King Institute of Preventive Medicine Micro-Biological Section reports 1912-19
Year: 1912
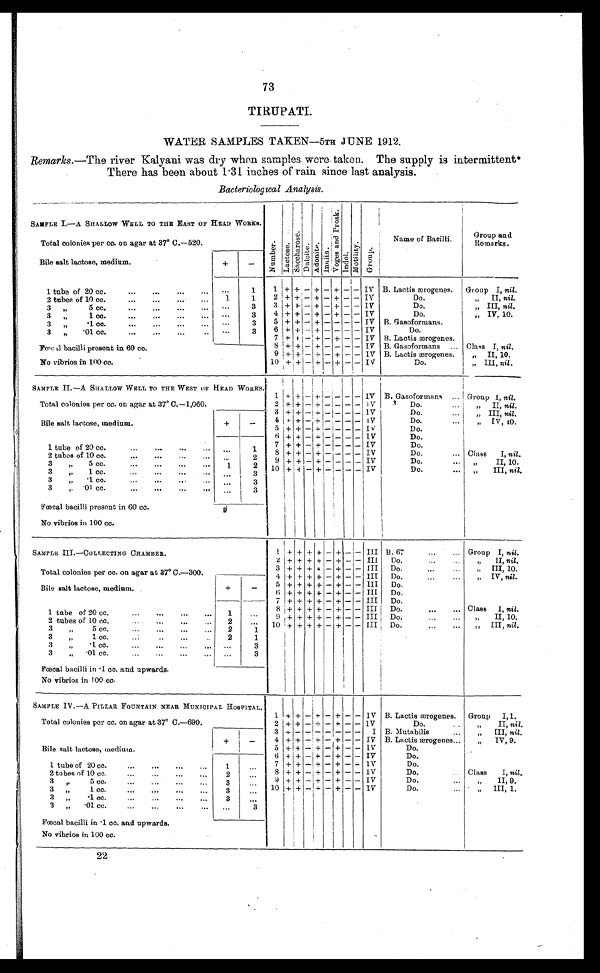
73
TIRUPATI.
WATER SAMPLES TAKEN-5TH JUNE 1912.
Remarks.— The river Kalyani was dry when samples were taken. The supply is intermittent
There has been about 1.31 inches of rain since last analysis.
Bacteriological Analysis.
SAMPLE I.—A SHALLOW WELL TO THE EAST OF HEAD WORKS.
N u m b e r .
Lact ose. S a c c h a r o s e .
D u l o i t e .
A d o n i t e . I n u l i n .
V o g e s a n d P r o s k . I n d o l .
Mot i l i t y.
G r o u p .
Name of Bacilli.
Group and
Remarks.
Total colonies per cc. on agar at 37° C.—520.
Bile salt lactose, medium.
+
-
1 tube of 20 cc.
...
...
. . .
. . .
. . .
1
1 + +
- +
- + -
-
IV B. Lactis ærogenes. Group I, nil.
2 tubes of 10 cc.
. . .
. . .
1
1
2 + + - + - + - - IV
Do.
„ II, nil.
3 „
5 c c .
. . .
. . .
. . .
. . .
3
3
+ + - + - + - - IV
Do.
„ III, nil.
3 „ 1 cc.
...
...
...
. . .
. . .
3
4 + + - + - + - - IV
Do.
„ IV, 10.
3 „
. 1 cc.
. . .
. . .
. . .
3
5 + + - + - -
- - IV B. Gasoformans.
3 „ .01 cc. . . .
. . .
. . .
. . .
. . .
3
6 + + - + - -
- - IV
D o .
7 + + - + - + - - IV B. Lactis ærogenes.
Fœcal bacilli present in 60 c
c .
8 + + - + - - - - IV B. Gasoformans ... Class I, nil .
9 + + - + - + - - IV B. Lactis ærogenes. „ II, 10.
N o v i b r i o s i n 1 0 0 c c .
10 + + - + - + - - IV
Do.
III, nil .
SAMPLE II.—A SHALLOW WELL TO THE WEST OF HEAD WORKS.
1 + + - + - -
- - IV B. Gasoformans
. . . Group I, nil.
Total colonies per cc. on agar at 37° C.—1,060.
2 + + - + - -
- - IV
Do. . . . „ II, nil.
3 + + - + - -
- - IV
Do. ...
„ III, nil.
4 + + - + - -
- - IV
Do. ....
„ IV, 10.
Bile salt lactose, medium.
+
-
5 + + - + - -
- - IV
Do.
6 + +
- + - -
- - IV
Do.
7 + + - + - - - - IV
Do.
1 tube of 20 cc. . . .
. . .
. . .
. . .
. . .
1 8 + + - + - -
- - IV
Do. ...
Class I, nil,.
2 tubes of 10 cc. . . .
. . .
. . .
. . .
. . .
2
9 + + - + - -
- - IV
Do. ...
„ I I , 1 0 .
3 „ 5 cc. . . .
. . .
. . .
. . . 1
2 10 + + - + - - - - IV
Do. . . .
„ I I I ,
n i l .
3 „ 1 cc. . . .
. . .
. . .
. . .
. . . 3
3 „ .1 cc. . . .
. . .
. . .
. . .
. . . 3
3 „ .01 cc. . . .
. . .
. . .
. . .
...
3
Fœcal bacilli present in 60 cc
.
No vibrios in 100 cc
.
SAMPLE III.—COLLECTING CHAMBER.
1 + + + + - + - - III B. 67
...
. . . Group I, n i l .
2 + + + + - + - - III
Do. ...
„
II, nil.
3 + + + + - + - - III Do.
I I I , 10.
Total colonies per cc. on agar at 37°C.—300.
4 + + + + - + - - III Do.
IV,n i l .
5 + + + + - + - - III Do.
Bile salt lactose, medium
.
+
-
6 + + + + - + - - III Do.
7 + + + + - + - - III Do.
8 + + + + - + - - III Do. ... ...
Class I, n i l .
1 tube of 20 cc. . ... ...
1
. . .
9 + + + + - + - - III Do. ... ...
„
I I , 10.
2 tubes of 10 cc,
...
...
2
. . .
10 + + + + - + - - III Do.
III, nil.
3
„
5 cc. ... ... ... ...
2
1
3 „
1 cc. ... ... ..
2
1
3
„
.1. cc. ... ... ...
. . .
3
3
„ .01 cc. ... ...
. . .
3
Fœcal bacilli in .1 cc. and upwards
.
No vibrios in 100 cc
.
SAMPLE IV.—A PILLAR FOUNTAIN NEAR MUNICIPAL HOSPITAL.
1
+
+ - + - + - - IV B. Lactis ærogenes.
Group I , 1 .
Total colonies per cc. on agar at 37° C.—690.
2 + + - + - + - - IV
Do. . . „
II, nil
3
+ - -
- - - - - I B. Mutabilis . . .
„ III, nil.
+
-
4
+
+ - + - + - - IV B. Lactis ærogenes.
„ I V , 9 .
Bile salt lactose, medium.
5
+
+ - + - + - - IV
Do.
6
+
+ -
+ - + - - IV
Do.
7
+ + - + - + - - I V
Do.
1 tube of 20 cc. . . .
. . .
. . .
. . .
1
. . .
8 + + -
+ - + - -
I V
Do.
Class
I,n i l
.
2 tubes of 10 cc. . . .
. . .
. . .
. . .
2
. . .
3" 5 c c .
. . .
. . .
. . .
. . .
3
. . .
9 + + - + - + - -
I V
Do. . . .
„ I I , 9 .
3 „
1 c c .
3
. . . 10 + + - + - + - - IV
Do. ...
„ III, 1.
3"
. 1 cc.
. . .
3
. . .
3 „
. 0 1 c c .
. . .
. . .
. . .
. . .
. . .
3
Fœcal bacilli in .1 cc. and upwards
.
No vibrios in 100 cc.
22